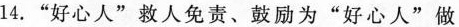
14.”好心人”救人免责、鼓励为”好心人”做